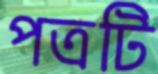
পত্রটি